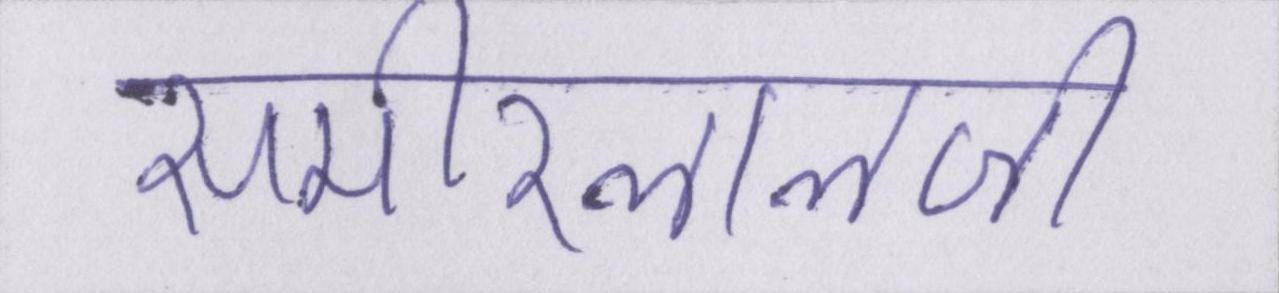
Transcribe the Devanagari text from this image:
समीरलालजी